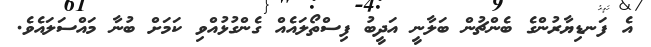
އެ ފަނޑިޔާރުންގެ ބެންޗުން ބަލާނީ އަދީބު ފިސްތޯލައެއް ގެންގުޅުއްވި ކަމަށް ބުނާ މައްސަލައެވެ.